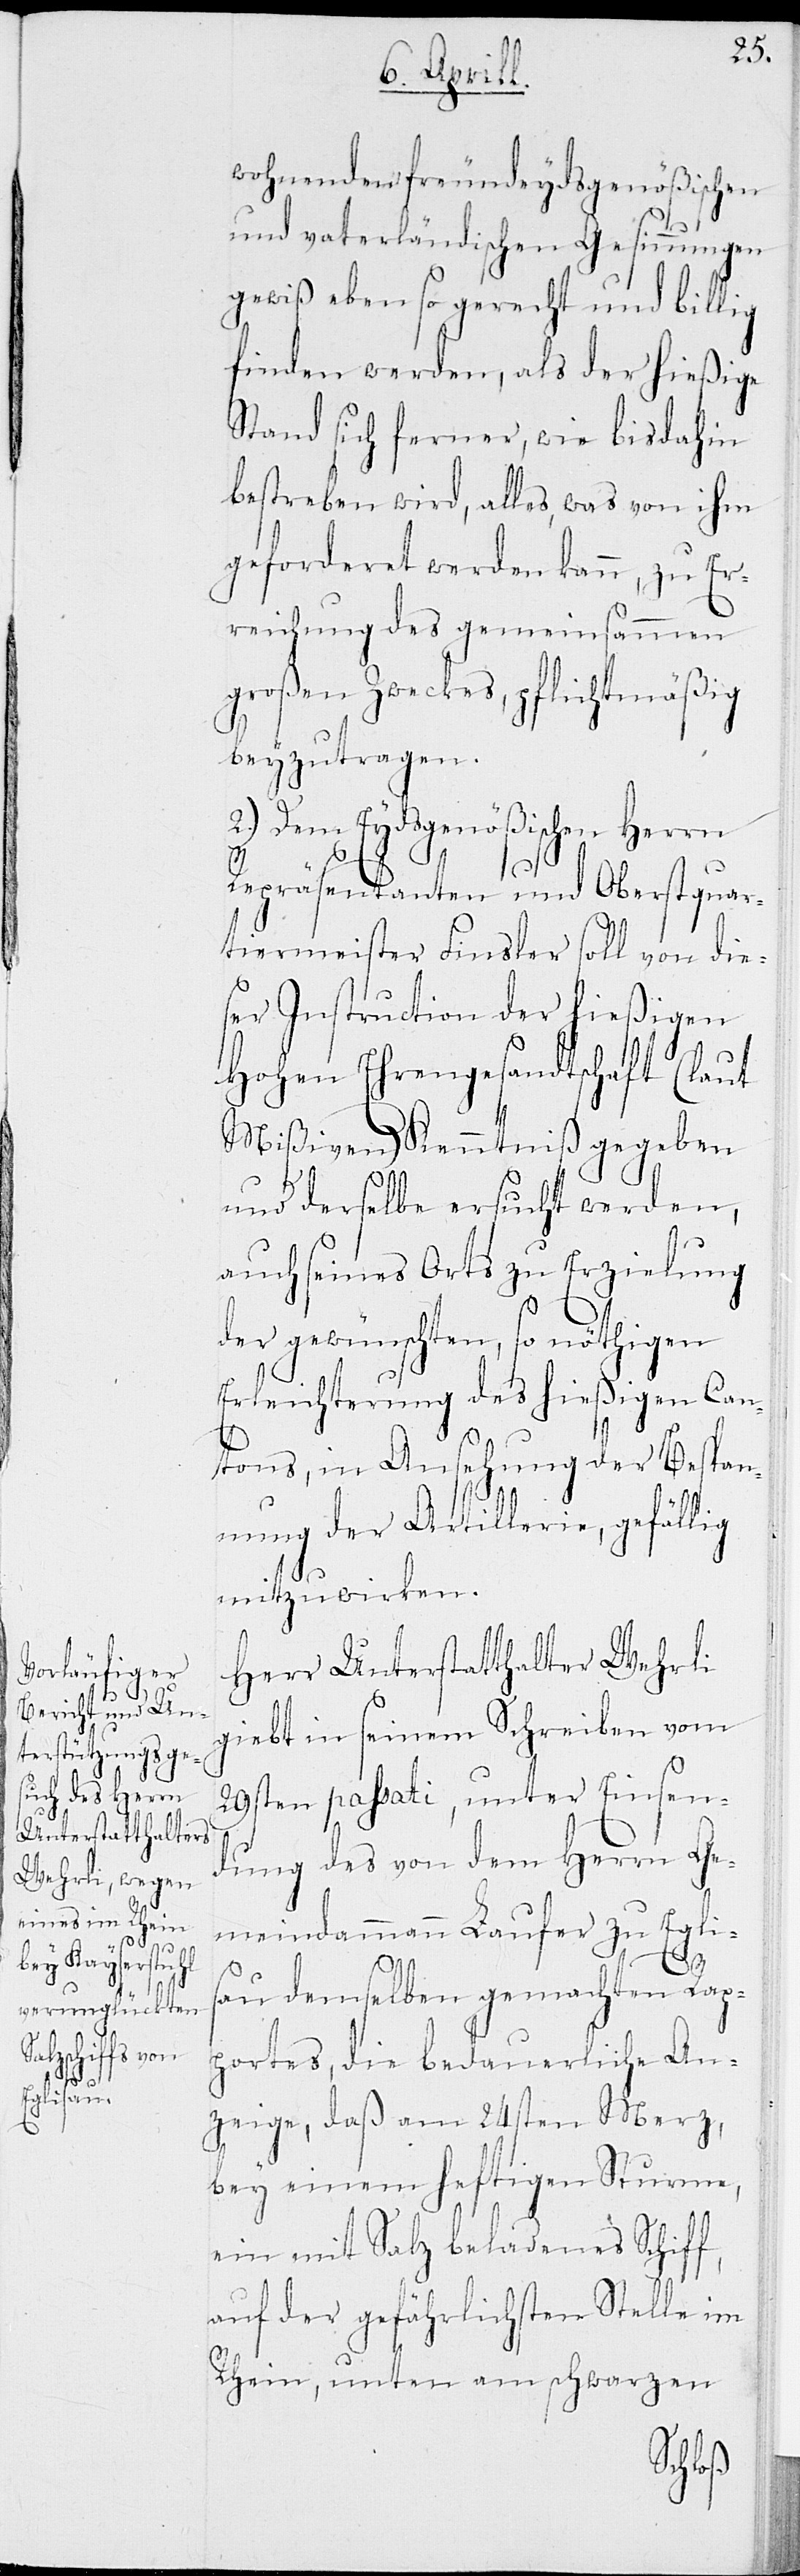
wohnenden freundeydsgenößischen
und vaterländischen Gesinnungen
gewiß eben so gerecht und billig
finden werden, als der hießige
Stand sich ferner, wie bis dahin
bestreben wird, alles, was von ihm
geforderet werden kann, zu Er¬
reichung des gemeinsammen
großen Zwecks, pflichtmäßig
beyzutragen.
2.) Dem Eydsgenößischen Herrn
Repräsentanten und Oberstquar¬
tiermeister Finsler soll von die¬
ser Instruction der hießigen
Hohen Ehrengesandtschaft (laut
Mißiven) Kenntniß gegeben
und derselbe ersucht werden,
auch seines Orts zu Erzielung
der gewünschten, so nöthigen
Erleichterungen des hießigen Can¬
tons, in Ansehung der Bespan¬
nung der Artillerie, gefällig
mitzuwirken.
Herr Unterstatthalter Wehrli
giebt in seinem Schreiben vom
passati, unter Einsen¬
dung des von dem Herrn Ge¬
meindeammann Laufer zu Eglis¬
au demselben gemachten Rap¬
portes, die bedauerliche An¬
zeige, daß am 24sten Merz,
bey einem heftigen Sturm,
ein mit Salz beladenes Schiff,
auf der gefährlichsten Stelle im
Rhein, unten am schwarzen